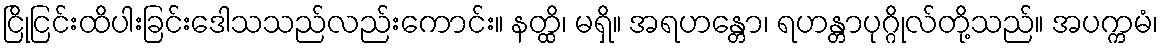
ငြိုငြင်းထိပါးခြင်းဒေါသသည်လည်းကောင်း။ နတ္ထိ၊ မရှိ။ အရဟန္တော၊ ရဟန္တာပုဂ္ဂိုလ်တို့သည်။ အပက္ကမံ၊